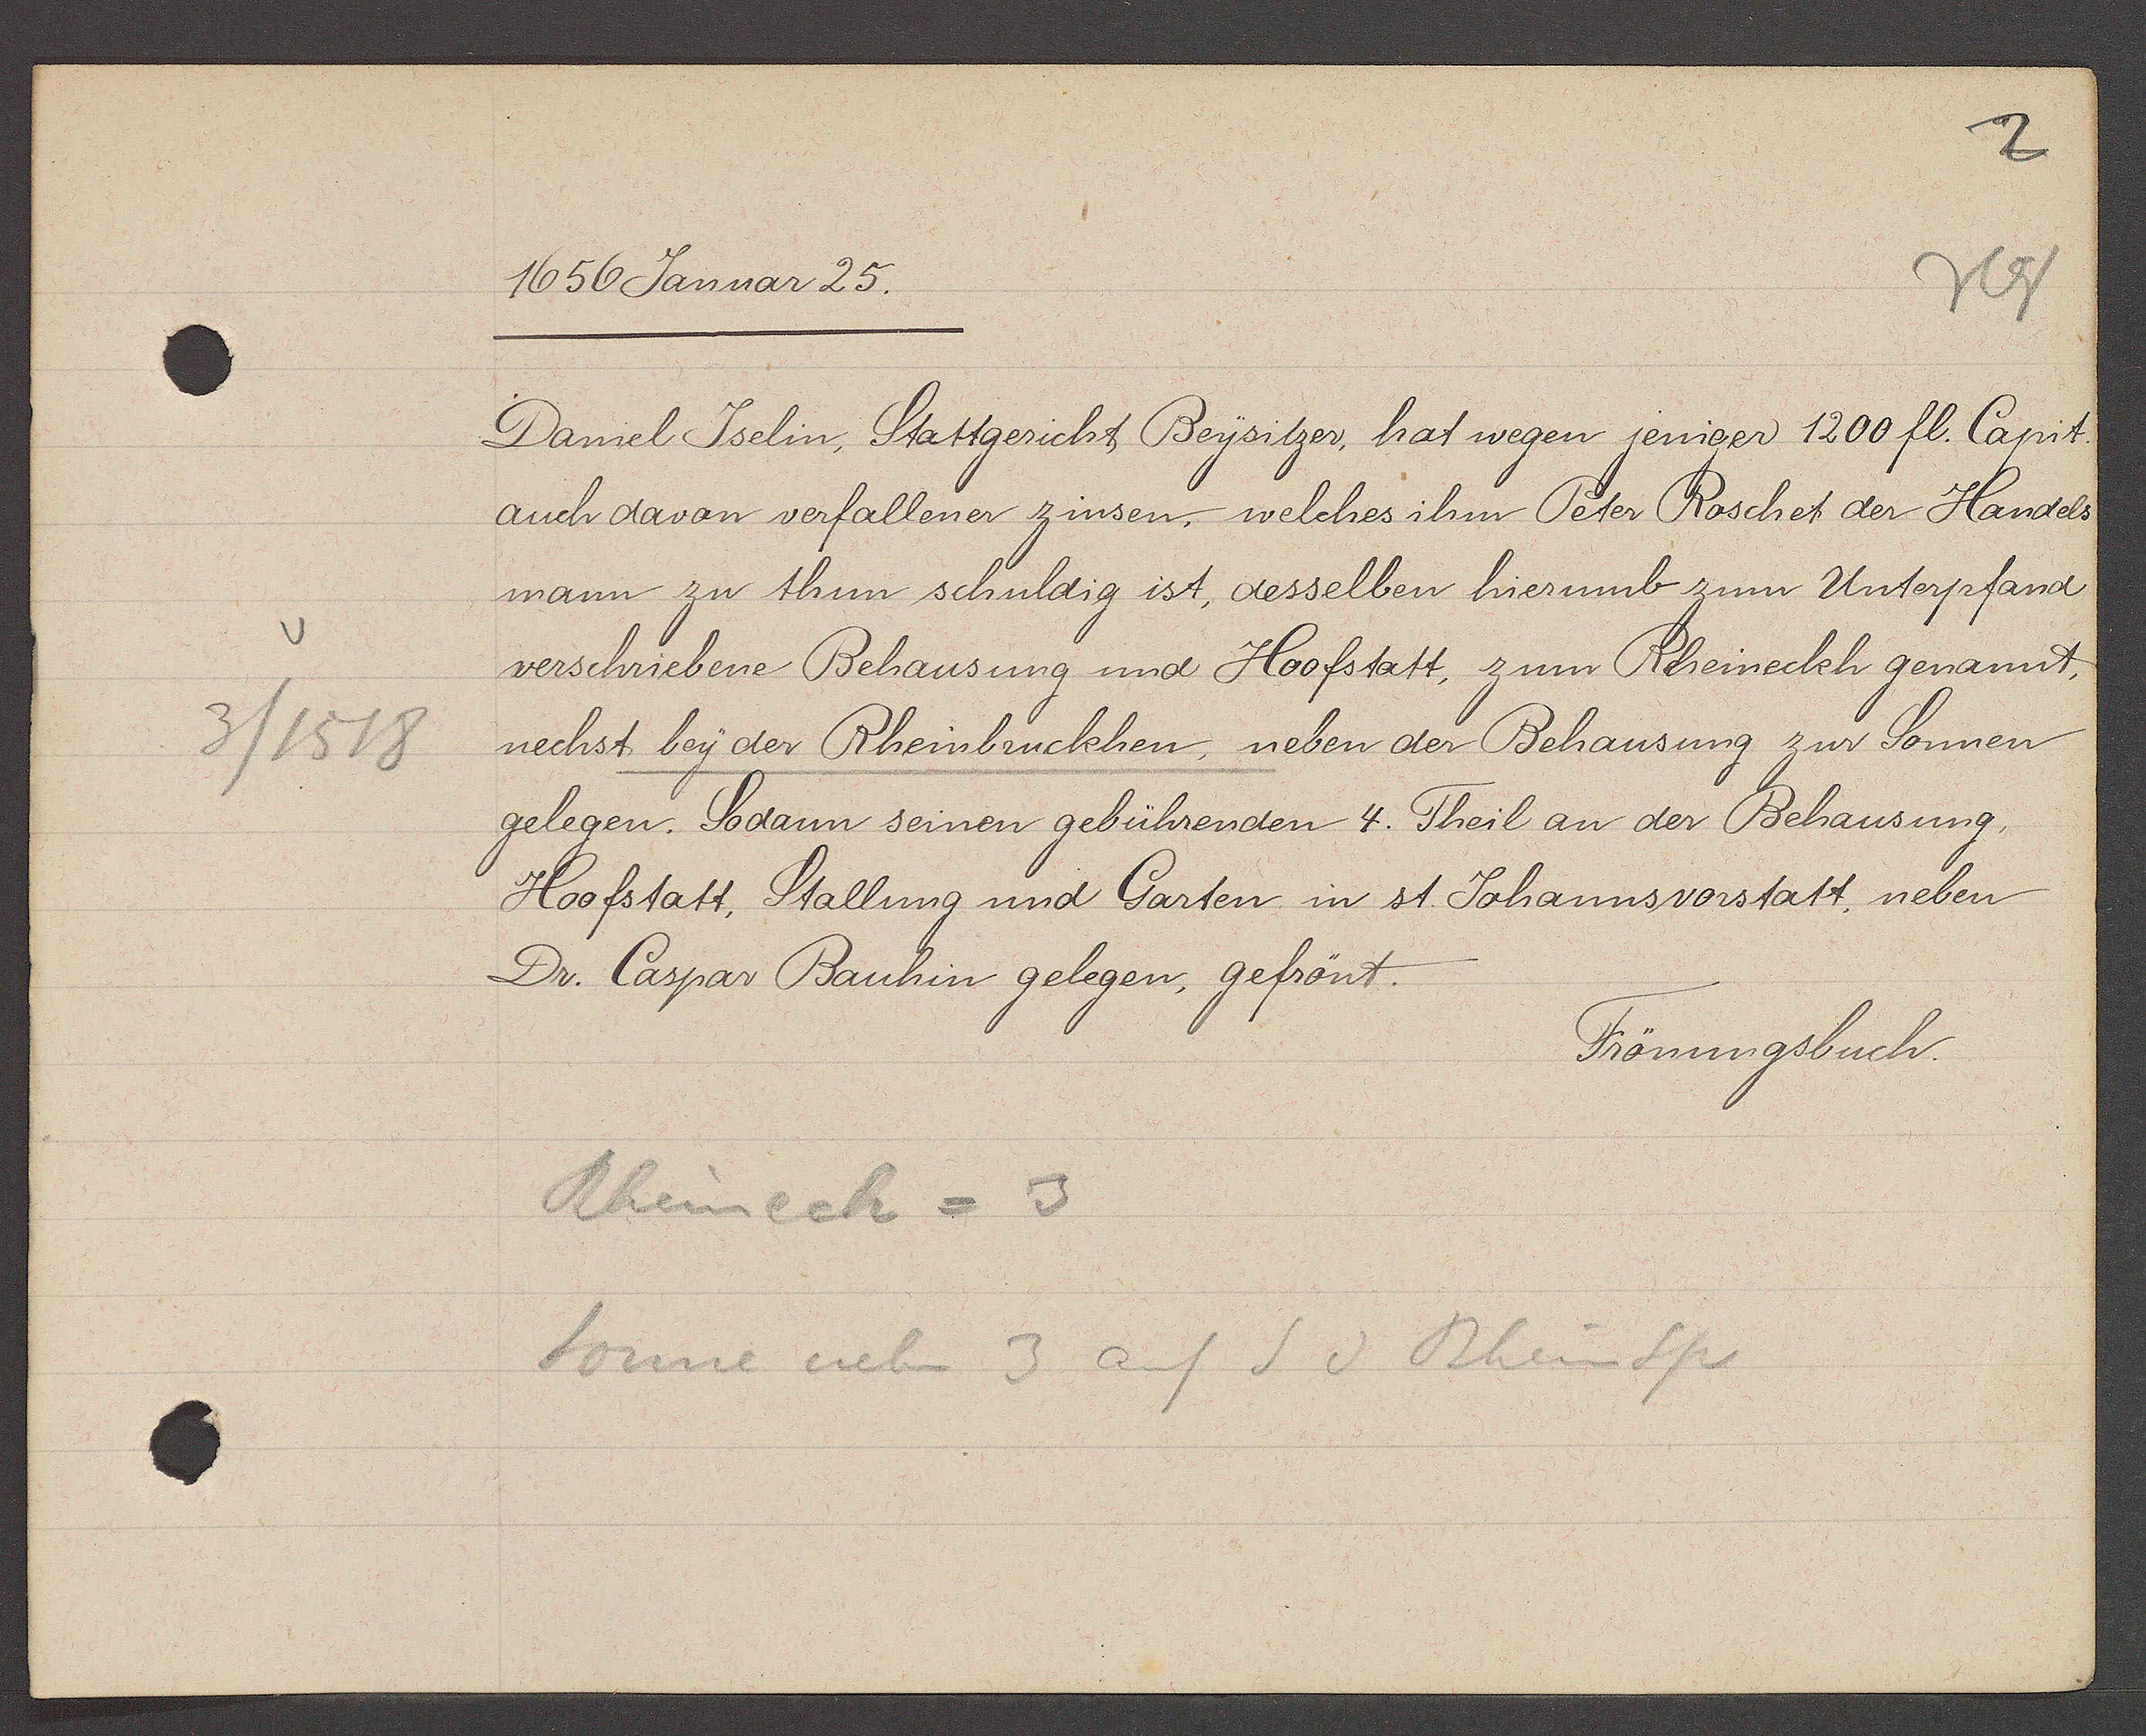
Transcript:
3 / 1518

1656 Januar 25.

Daniel Iselin, Stattgericht Beysitzer, hat wegen jenigen 1200 fl. Capit.
auch davon verfallener zinsen, welches ihm Peter Roschet der Handels
mann zu thun schuldig ist, desselben hierumb zum Unterpfand
verschriebene Behausung und Hoofstatt, zum Rheineckh genannt,
nechst bey der Rheinbruckhen, neben der Behausung zur Sonnen
gelegen. Sodann seinen gebührenden 4. Theil an der Behausung,
Hoofstatt, Stallung und Garten in st. Johannsvorstatt, neben
Dr. Caspar Bauhin gelegen, gefrönt.

Frönungsbuch.

Rheinech = 3
Sonne neben 3 auf S v Rheinspr